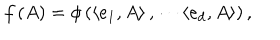
LaTeX: f \left( A \right) = \phi \left( \left\langle e _ { 1 } , A \right\rangle , \cdots \left\langle e _ { d } , A \right\rangle \right) ,